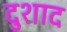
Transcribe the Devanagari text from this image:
दुशाद